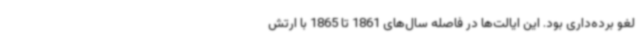
لغو برده‌داری بود. این ایالت‌ها در فاصله سال‌های 1861 تا 1865 با ارتش